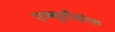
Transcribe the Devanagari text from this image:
एम्ब्युटीडोस